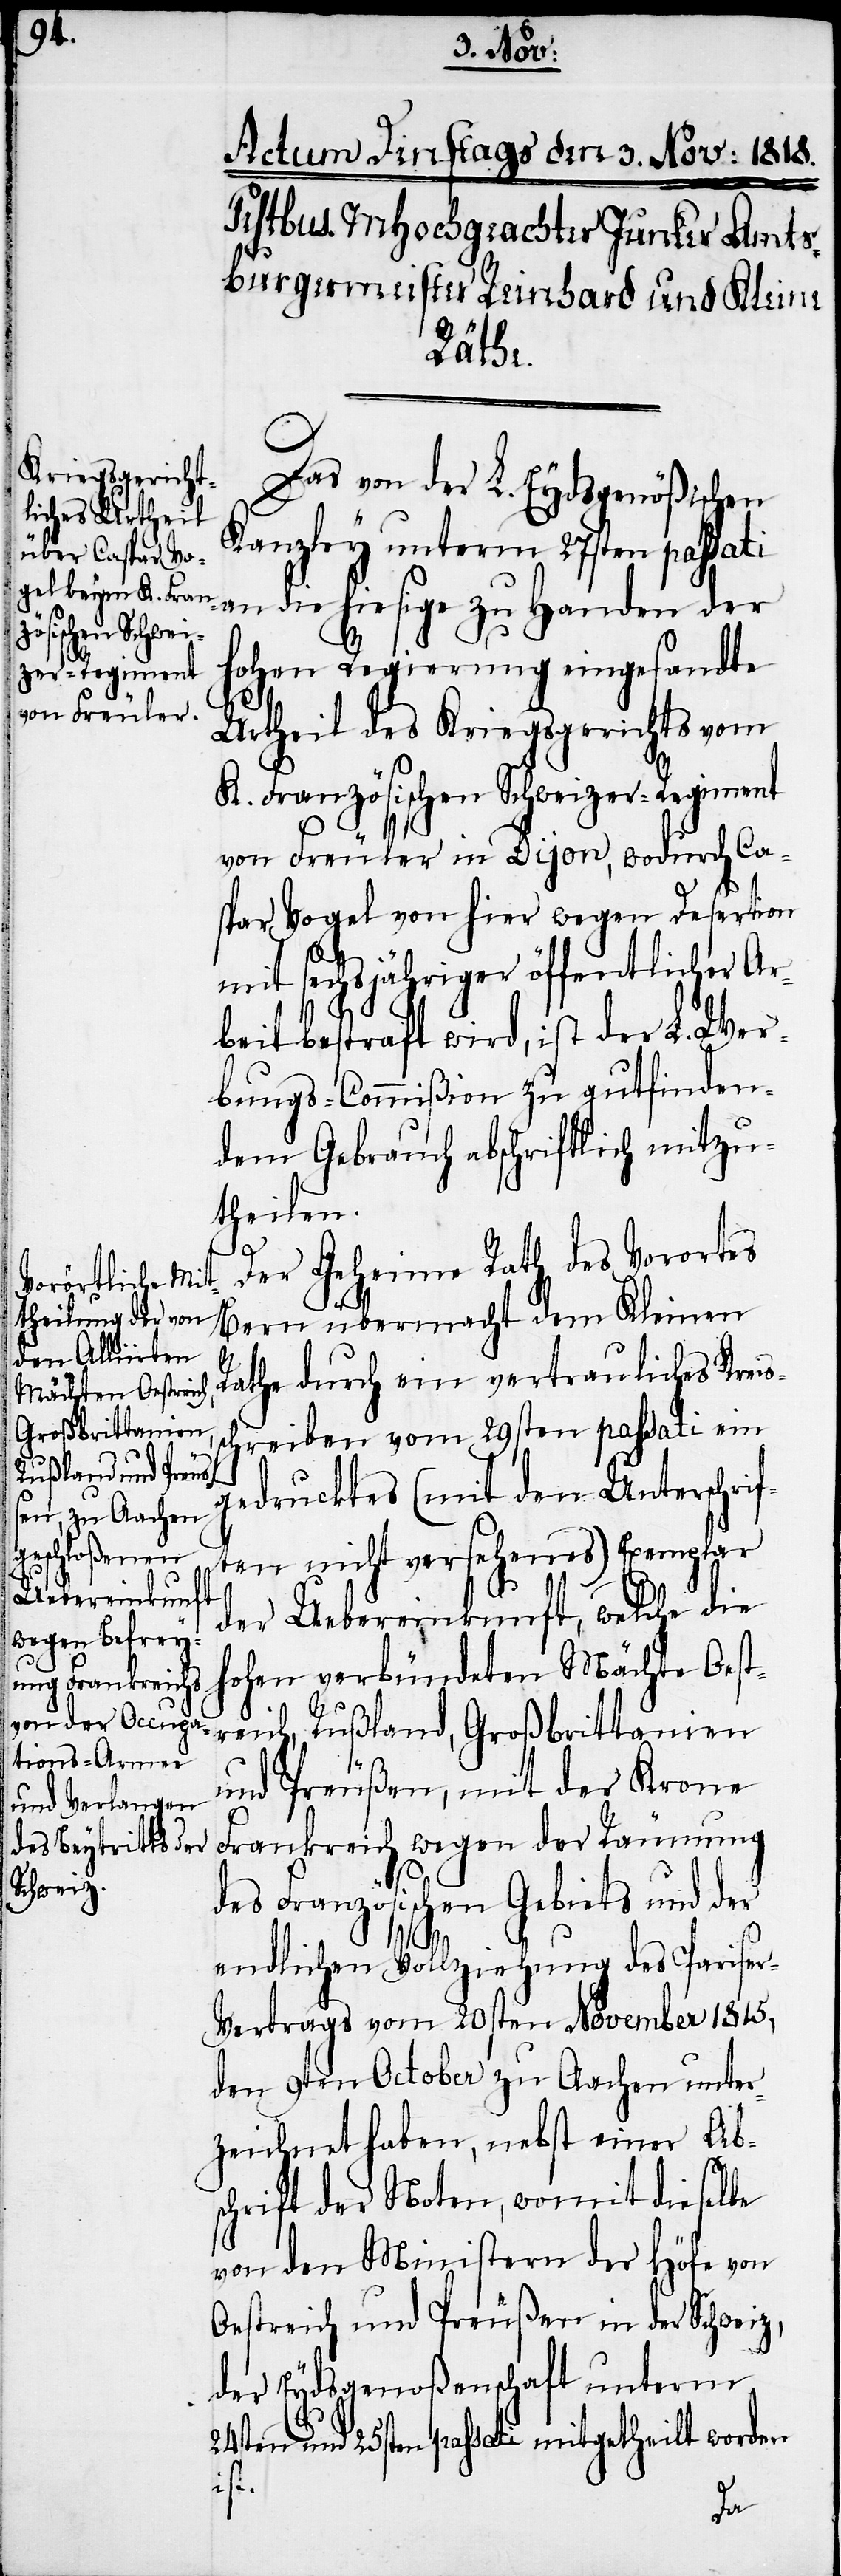
d¬

Das von der L. Eydsgenößischen
Kanzley unterm 27sten passati
an die hiesige zu Handen der
hohen Regierung eingesandte
Urtheil des Kriegsgerichts vom
K. Französischen Schweizer-Regiment
von Freuler in Dijon, wodurch Ca¬
spar Vogel von hier wegen Desertion
mit sechsjähriger öffentlicher Ar¬
beit bestraft wird, ist der L. Wer¬
bungs-Commißion zu gutfinden¬
dem Gebrauch abschriftlich mitzu¬
theilen.
Der Geheime Rath des Vorortes
Bern übermacht dem Kleinen
Rathe durch ein vertrauliches Kreis¬
schreiben vom 29sten passati ein
gedrucktes (mit den Unterschrif¬
ten nicht versehenes) Exemplar
der Uebereinkunft, welche die
hohen verbündeten Mächte Oest¬
reich, Rußland, Großbrittanien
und Preußen, mit der Krone
Frankreich wegen der Räumung
es Französischen Gebiets und der
endlichen Vollziehung des Parise¬
r-Vertrags vom 20sten November 1815,
den 9ten October zu Aachen unter¬
zeichnet haben, nebst einer Ab¬
schrift der Noten, womit dieselbe
von den Ministern der Höfe von
Oestreich und Preußen in der Schweiz,
der Eydsgenoßenschaft unterm
24sten und 25sten passati mitgetheilt worden
ist.